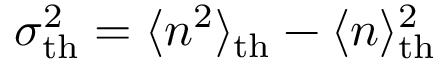
\sigma _ { \mathrm { t h } } ^ { 2 } = \langle n ^ { 2 } \rangle _ { \mathrm { t h } } - \langle n \rangle _ { \mathrm { t h } } ^ { 2 }